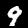
Digit: 9